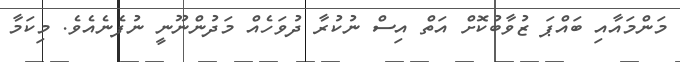
މަންމައާއި ބައްޕަ ޒުވާބުކޮށް އަތް އިސް ނުކުރާ ދުވަހެއް މަދުންނޫނީ ނުފެނެއެވެ. މިކަމާ